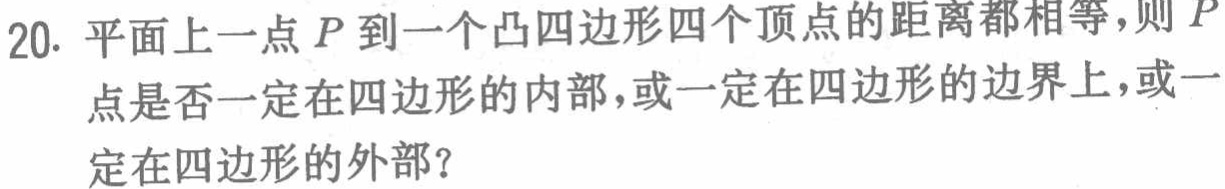
20. 平面上一点\(P\)到一个凸四边形四个顶点的距离都相等，则\(P\)点是否一定在四边形的内部，或一定在四边形的边界上，或一定在四边形的外部？